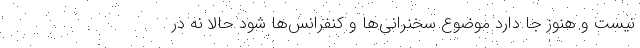
نیست و هنوز جا دارد موضوع سخنرانی‌ها و کنفرانس‌ها شود حالا نه در